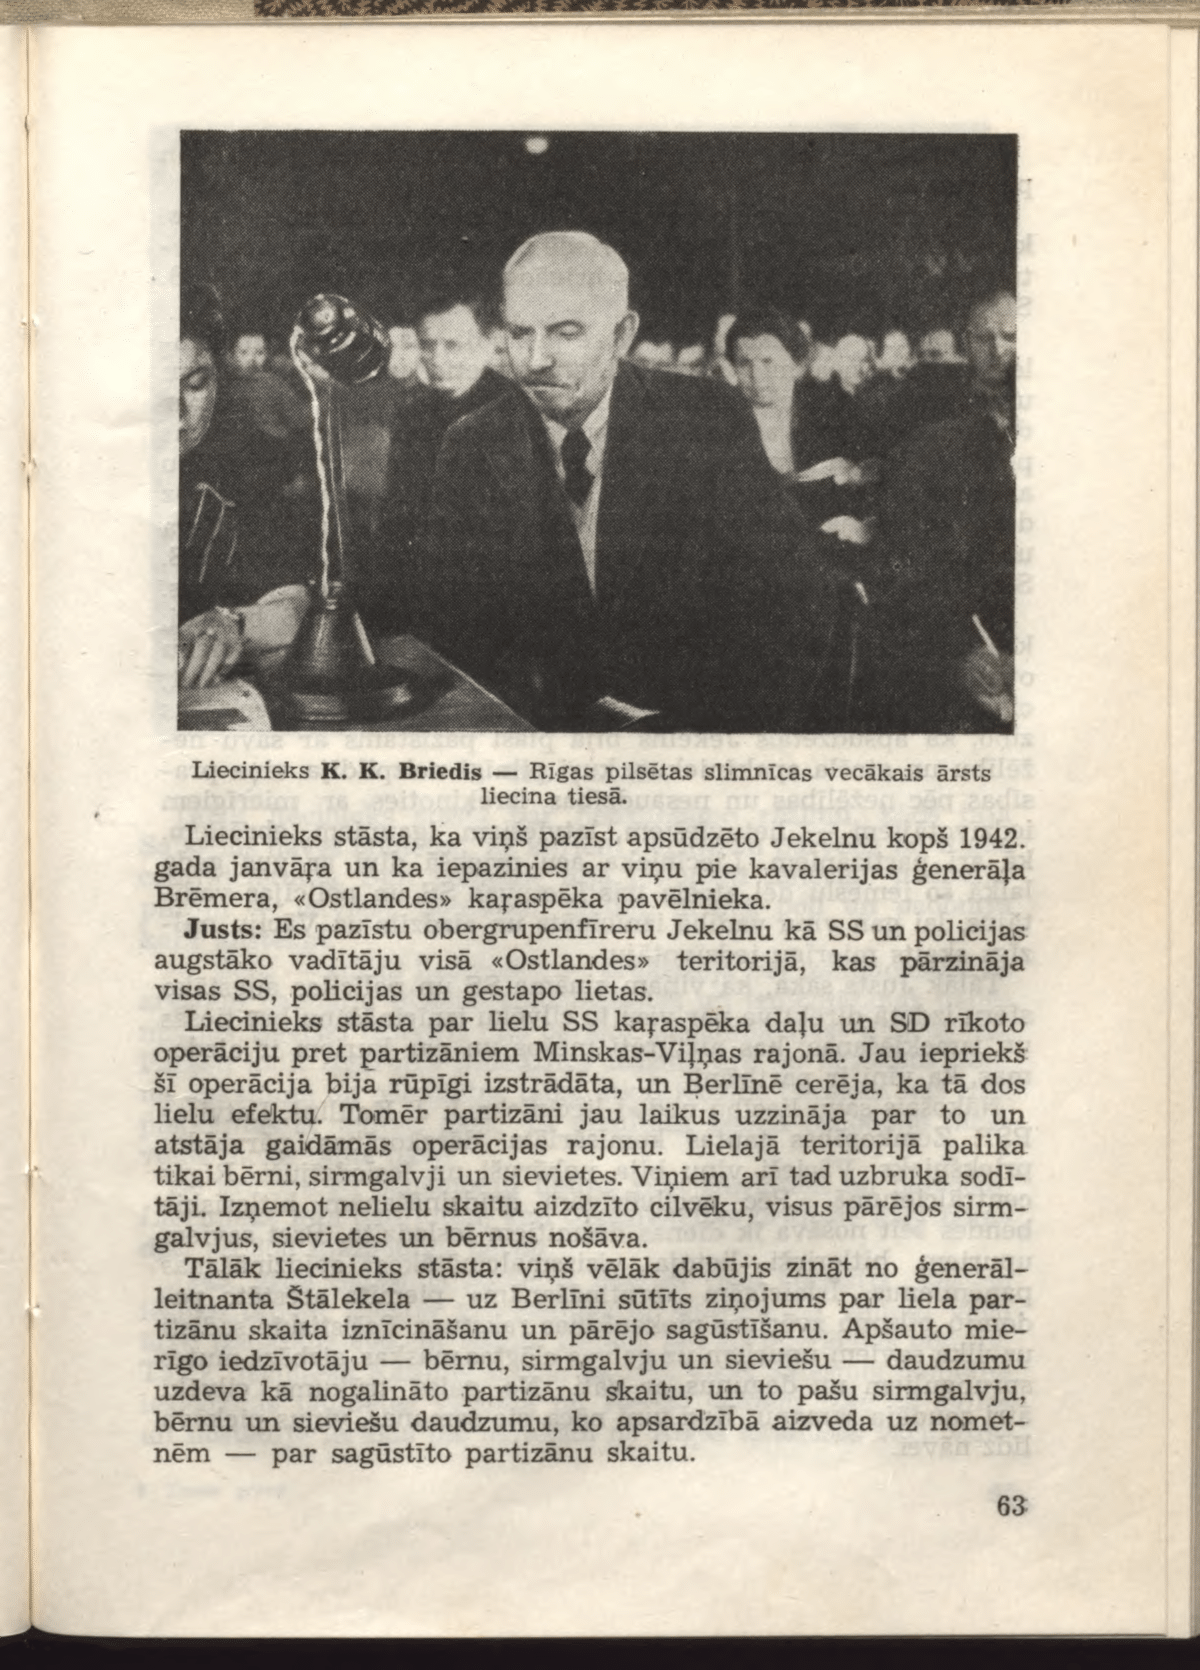
Language: lv